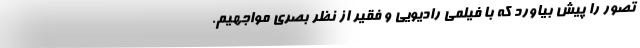
تصور را پیش بیاورد که با فیلمی رادیویی و فقیر از نظر بصری مواجهیم.